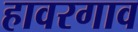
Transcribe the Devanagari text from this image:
हावरगाव